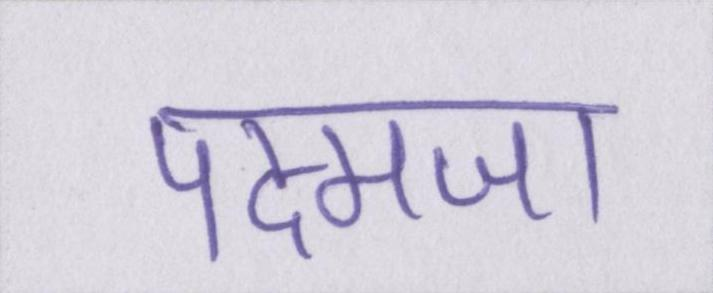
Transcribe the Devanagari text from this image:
पद्मजा